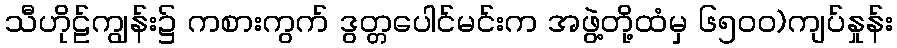
သီဟိုဠ်ကျွန်း၌ ကစားကွက် ဒွတ္တပေါင်မင်းက အဖွဲ့တို့ထံမှ ၆၅၀၀)ကျပ်နှုန်း